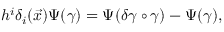
h ^ { i } \delta _ { i } ( \vec { x } ) \Psi ( \gamma ) = \Psi ( \delta \gamma \circ \gamma ) - \Psi ( \gamma ) ,